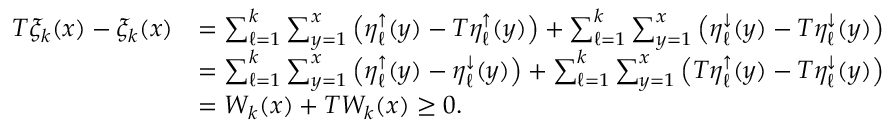
\begin{array} { r l } { T \xi _ { k } ( x ) - \xi _ { k } ( x ) } & { = \sum _ { \ell = 1 } ^ { k } \sum _ { y = 1 } ^ { x } \left( \eta _ { \ell } ^ { \uparrow } ( y ) - T \eta _ { \ell } ^ { \uparrow } ( y ) \right) + \sum _ { \ell = 1 } ^ { k } \sum _ { y = 1 } ^ { x } \left( \eta _ { \ell } ^ { \downarrow } ( y ) - T \eta _ { \ell } ^ { \downarrow } ( y ) \right) } \\ & { = \sum _ { \ell = 1 } ^ { k } \sum _ { y = 1 } ^ { x } \left( \eta _ { \ell } ^ { \uparrow } ( y ) - \eta _ { \ell } ^ { \downarrow } ( y ) \right) + \sum _ { \ell = 1 } ^ { k } \sum _ { y = 1 } ^ { x } \left( T \eta _ { \ell } ^ { \uparrow } ( y ) - T \eta _ { \ell } ^ { \downarrow } ( y ) \right) } \\ & { = W _ { k } ( x ) + T W _ { k } ( x ) \ge 0 . } \end{array}